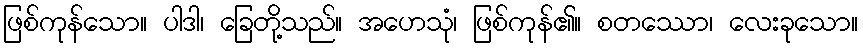
ဖြစ်ကုန်သော။ ပါဒါ၊ ခြေတို့သည်။ အဟေသုံ၊ ဖြစ်ကုန်၏။ စတဿော၊ လေးခုသော။